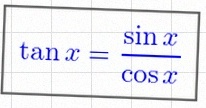
\tan x=\frac{\sin x}{\cos x}